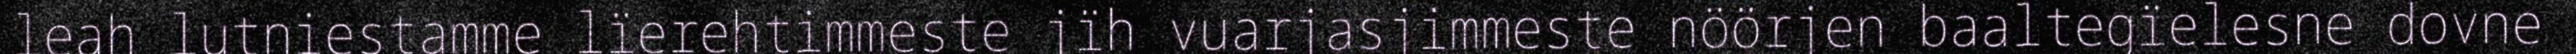
leah lutniestamme lïerehtimmeste jïh vuarjasjimmeste nöörjen baaltegïelesne dovne